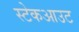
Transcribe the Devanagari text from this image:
स्टेकआउट